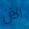
الآن